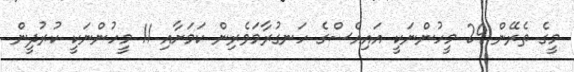
މީގެ ތެރޭން 29 މީހުންނަކީ އައިއެސްގެ ހަނގުރާމަވެރިން ކަމަށާއި 11 މީހުންނަކީ ކުރުދީން